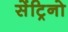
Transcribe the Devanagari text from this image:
सेंट्रिनो